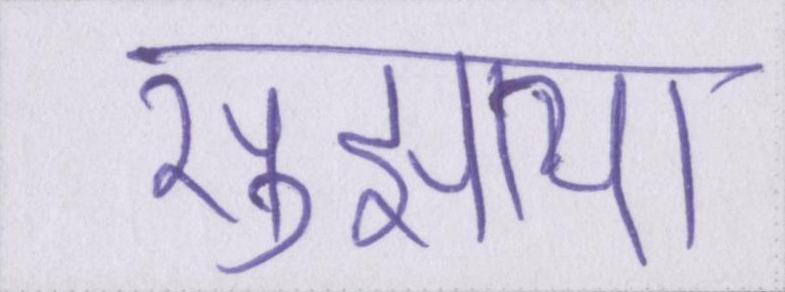
सुझाया